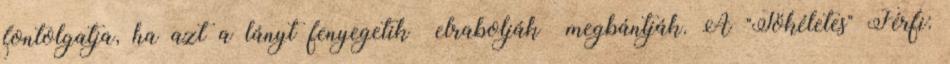
fontolgatja, ha azt a lányt fenyegetik elrabolják megbántják. A "Tökéletes" Férfi: